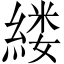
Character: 𫃵